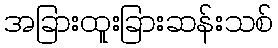
အခြားထူးခြားဆန်းသစ်